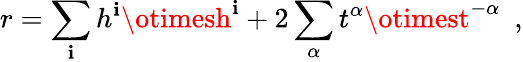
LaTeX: r=\sum_{\mathbf{i}}h^{\mathbf{i}}\otimesh^{\mathbf{i}}+2\sum_{\alpha}t^{\alpha}\otimest^{-\alpha}\ \ ,